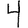
Digit: 4